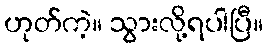
ဟုတ်ကဲ့။ သွားလို့ရပါပြီ။